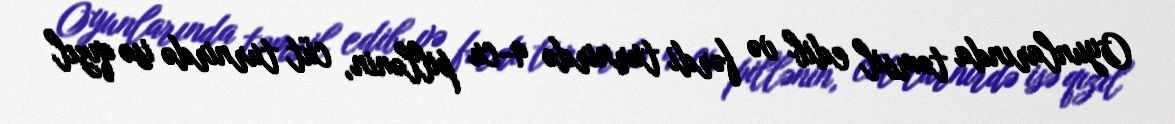
Oyunlarında təmsil edib və fərdi turnirdə 9-cu pillənin, cüt turnirdə isə qızıl